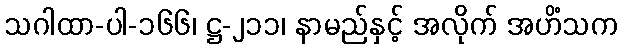
သဂါထာ-ပါ-၁၆၆၊ ဋ္ဌ-၂၁၁၊ နာမည်နှင့် အလိုက် အဟိံသက